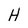
Character: H